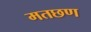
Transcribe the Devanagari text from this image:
मतछण